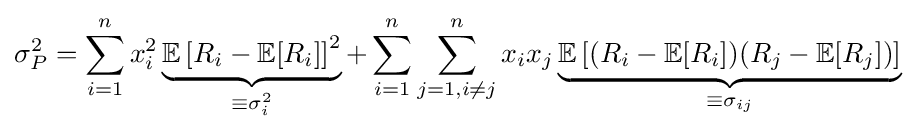
\sigma _{P}^{2}=\sum _{i=1}^{n}x_{i}^{2}\underbrace {\mathbb {E} \left[R_{i}-\mathbb {E} [R_{i}]\right]^{2}} _{\equiv \sigma _{i}^{2}}+\sum _{i=1}^{n}\sum _{j=1,i\neq j}^{n}x_{i}x_{j}\underbrace {\mathbb {E} \left[(R_{i}-\mathbb {E} [R_{i}])(R_{j}-\mathbb {E} [R_{j}])\right]} _{\equiv \sigma _{ij}}